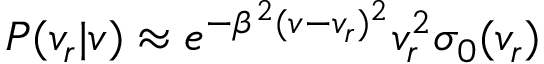
P ( v _ { r } | v ) \approx e ^ { - \beta ^ { 2 } ( v - v _ { r } ) ^ { 2 } } v _ { r } ^ { 2 } \sigma _ { 0 } ( v _ { r } )